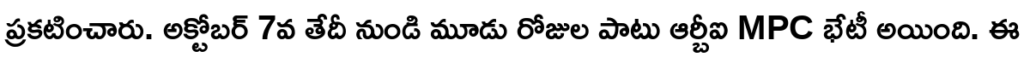
ప్రకటించారు. అక్టోబర్ 7వ తేదీ నుండి మూడు రోజుల పాటు ఆర్బీఐ MPC భేటీ అయింది. ఈ